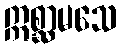
ဣစ္ဆာမသေ